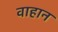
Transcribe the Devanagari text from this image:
वाहान